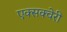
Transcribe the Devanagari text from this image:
एक्सक्वेरी